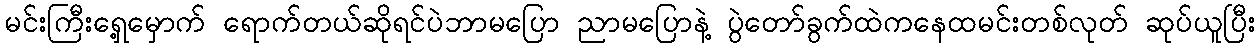
မင်းကြီးရှေ့မှောက် ရောက်တယ်ဆိုရင်ပဲဘာမပြော ညာမပြောနဲ့ ပွဲတော်ခွက်ထဲကနေထမင်းတစ်လုတ် ဆုပ်ယူပြီး